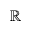
\mathbb { R }